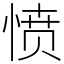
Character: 愤